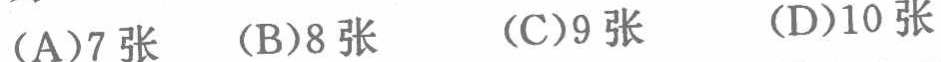
(A)7张  (B)8张  (C)9张  (D)10张